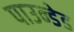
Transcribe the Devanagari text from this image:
पाउन्डेड